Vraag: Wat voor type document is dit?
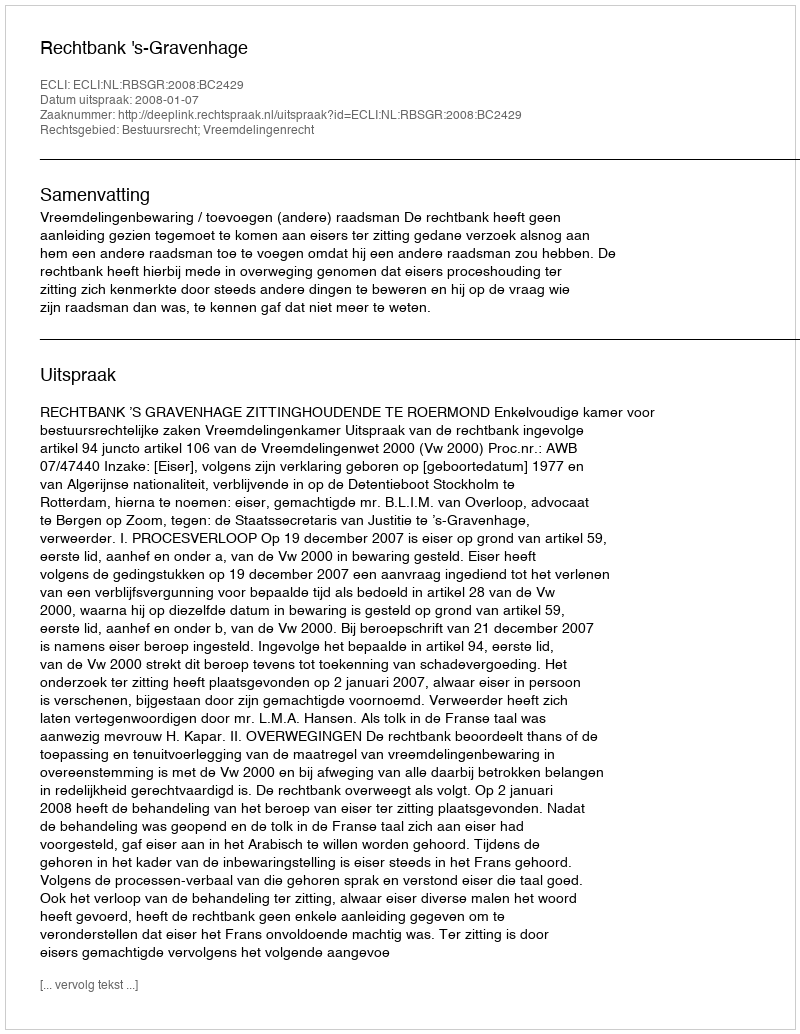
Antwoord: Uitspraak